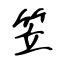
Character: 笠